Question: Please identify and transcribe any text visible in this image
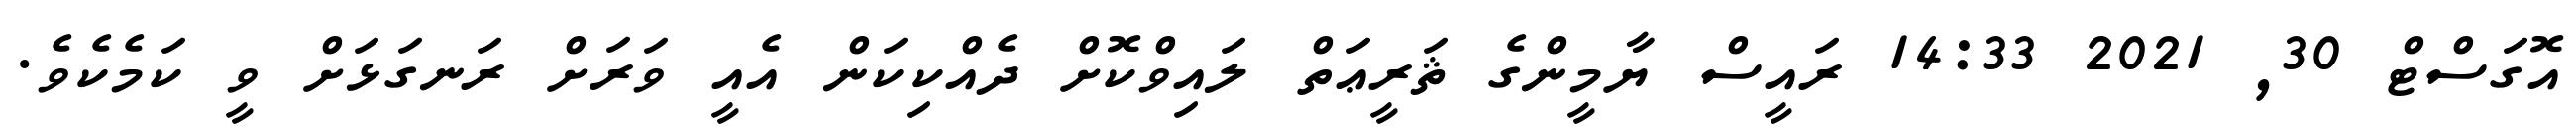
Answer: އޮގަސްޓް 30, 2021 14:33 ރައީސް ޔާމީންގެ ޘަރީޢަތް ލައިވްކޮށް ދެއްކިކަން އެއީ ވަރަށް ރަނގަޅަށް ވީ ކަމެކެވެ.